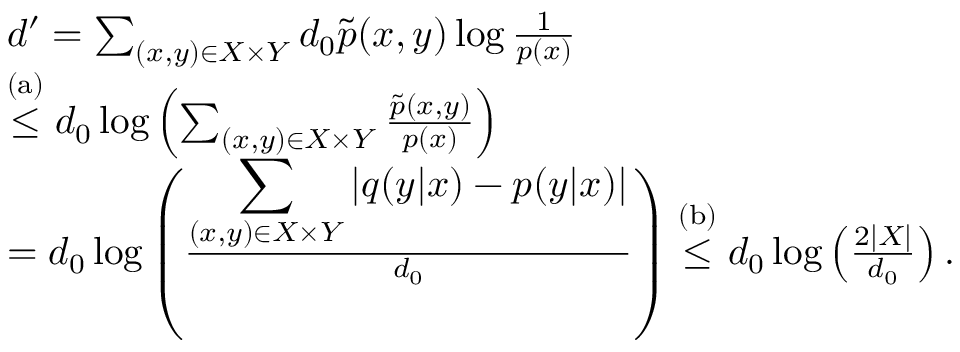
\begin{array} { r l } & { d ^ { \prime } = \sum _ { \scriptstyle ( x , y ) { \scriptstyle \in { \cal X } \times { \cal Y } } } d _ { 0 } \tilde { p } ( x , y ) \log \frac { 1 } { p ( x ) } } \\ & { \stackrel { \mathrm { ( a ) } } { \leq } d _ { 0 } \log \left( \sum _ { \scriptstyle ( x , y ) { \scriptstyle \in { \cal X } \times { \cal Y } } } \frac { \tilde { p } ( x , y ) } { p ( x ) } \right) } \\ & { = d _ { 0 } \log \left( \frac { \displaystyle \sum _ { \scriptstyle ( x , y ) { \scriptstyle \in { \cal X } \times { \cal Y } } } | q ( y | x ) - p ( y | x ) | } { d _ { 0 } } \right) \stackrel { \mathrm { ( b ) } } { \leq } d _ { 0 } \log \left( \frac { 2 | { \cal X } | } { d _ { 0 } } \right) . } \end{array}